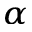
_ { \alpha }